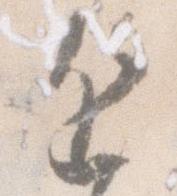
近